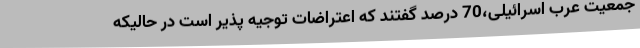
جمعیت عرب اسرائیلی،‌70 درصد گفتند که اعتراضات توجیه پذیر است در حالیکه